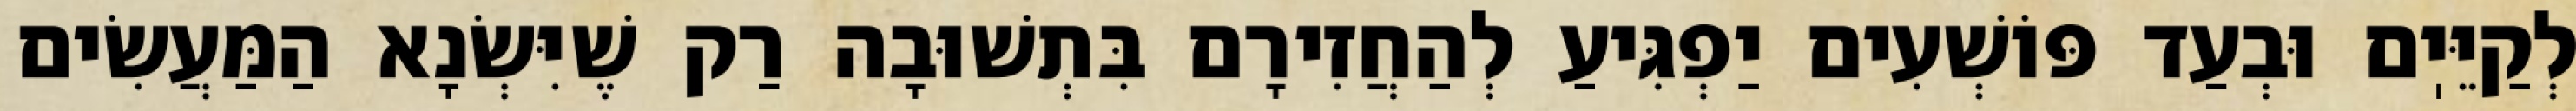
לְקַיֵּיֽם וּבְעַד פּוֹשְׁעִים יַפְגִּיעַ לְהַחֲזִירָם בִּתְשׁוּבָה רַק שֶׁיִּשְׂנָא הַמַּעֲשִׂים